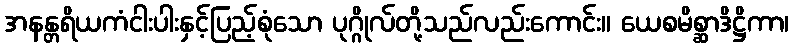
အနန္တရိယကံငါးပါးနှင့်ပြည့်စုံသော ပုဂ္ဂိုလ်တို့သည်လည်းကောင်း။ ယေစမိစ္ဆာဒိဋ္ဌိကာ၊